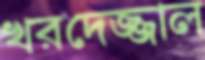
খরদেজ্জাল